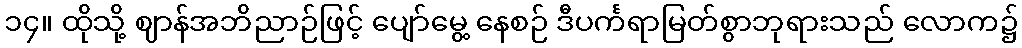
၁၄။ ထိုသို့ ဈာန်အဘိညာဉ်ဖြင့် ပျော်မွေ့ နေစဉ် ဒီပင်္ကရာမြတ်စွာဘုရားသည် လောက၌